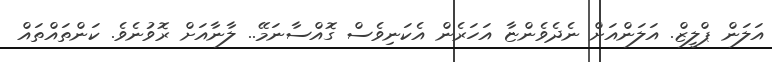
އަލަން ޕްލީޒް. އަލަންއަށް ނެދެވެންޏާ އަހަރެން އެކަނިވެސް ގޮއްސާނަމޭ.. ލާނާއަށް ރޮވުނެވެ. ކަންތައްތައް